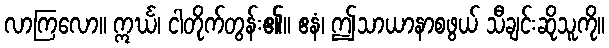
လာကြလော။ ဣင်္ဃ၊ ငါတိုက်တွန်း၏။ ဧနံ၊ ဤသာယာနာစဖွယ် သီချင်းဆိုသူကို။